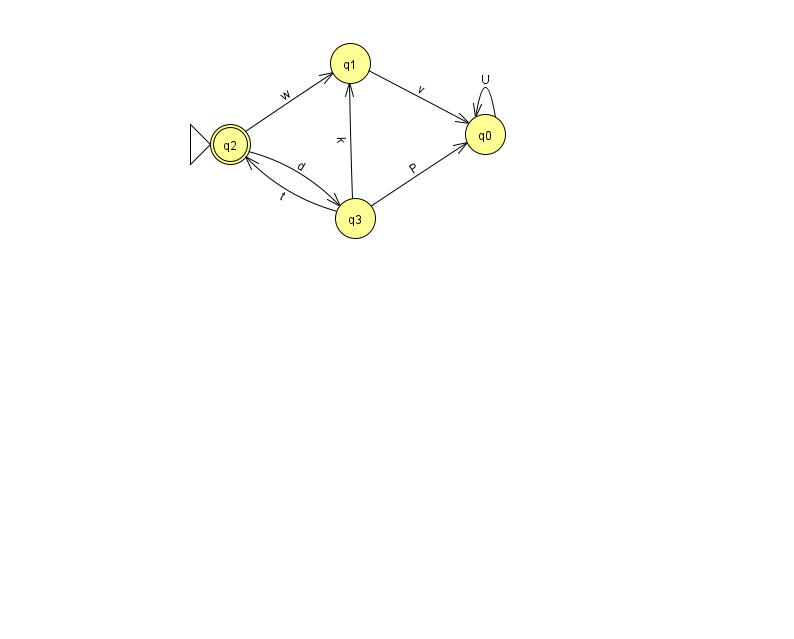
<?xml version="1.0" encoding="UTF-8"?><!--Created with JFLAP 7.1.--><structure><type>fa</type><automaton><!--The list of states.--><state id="0" name="q0"><x>485.0</x><y>121.0</y></state><state id="1" name="q1"><x>350.0</x><y>50.0</y></state><state id="2" name="q2"><x>230.0</x><y>131.0</y><initial/><final/></state><state id="3" name="q3"><x>355.0</x><y>205.0</y></state><!--The list of transitions.--><transition><from>2</from><to>3</to><read>d</read></transition><transition><from>3</from><to>2</to><read>t</read></transition><transition><from>3</from><to>1</to><read>k</read></transition><transition><from>1</from><to>0</to><read>v</read></transition><transition><from>0</from><to>0</to><read>U</read></transition><transition><from>3</from><to>0</to><read>P</read></transition><transition><from>2</from><to>1</to><read>w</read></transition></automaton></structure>